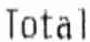
TOTAL